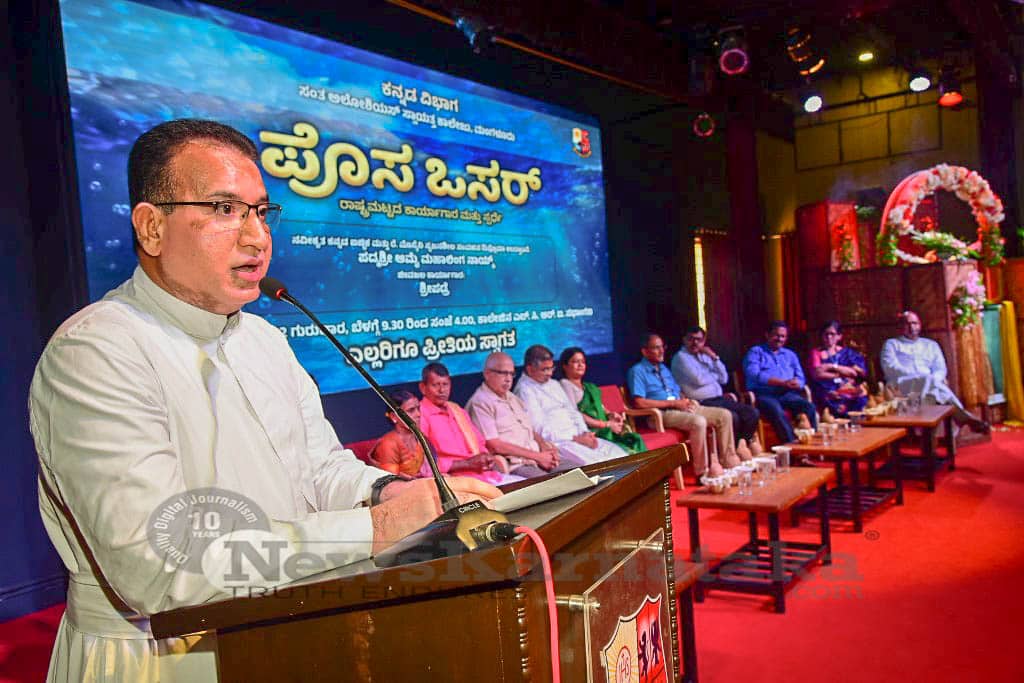
Language: kannada
Transcription: ಒಸರ್ ಎಲ್ಲರಿಗೂ ಪೊಸ